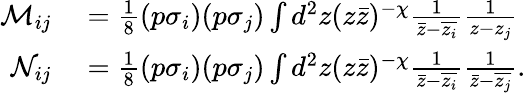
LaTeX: \begin{array}{rl}{\mathcal M_{ij}}&{{}=\frac{1}{8}(p\sigma_{i})(p\sigma_{j})\int d^{2}z(z\bar{z})^{-\chi}\frac{1}{\bar{z}-\overline{{z_{i}}}}\frac{1}{z-z_{j}}}\\ {\mathcal N_{ij}}&{{}=\frac{1}{8}(p\sigma_{i})(p\sigma_{j})\int d^{2}z(z\bar{z})^{-\chi}\frac{1}{\bar{z}-\overline{{z_{i}}}}\frac{1}{\bar{z}-\overline{{z_{j}}}}.}\end{array}